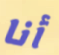
أنا